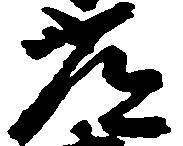
常